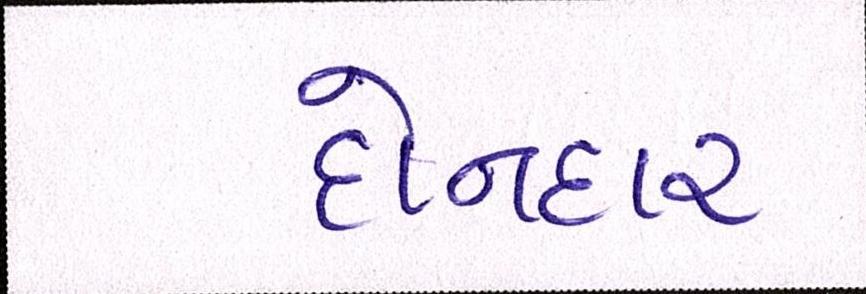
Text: દોનદાર